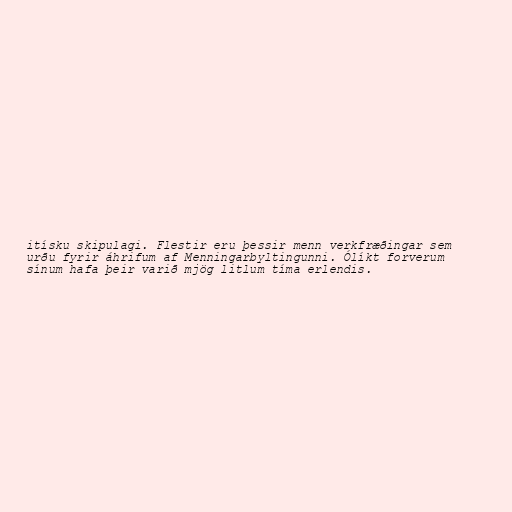
itísku skipulagi. Flestir eru þessir menn verkfræðingar sem
urðu fyrir áhrifum af Menningarbyltingunni. Ólíkt forverum
sínum hafa þeir varið mjög litlum tíma erlendis.